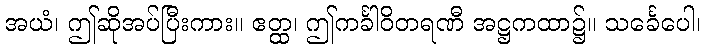
အယံ၊ ဤဆိုအပ်ပြီးကား။ ဧတ္ထ၊ ဤကင်္ခါဝိတရဏီ အဋ္ဌကထာ၌။ သင်္ခေပေါ၊